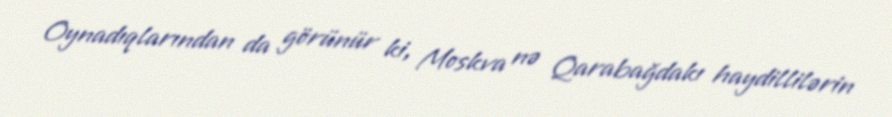
Oynadıqlarından da görünür ki, Moskva nə Qarabağdakı haydillilərin